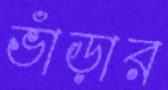
ভাঁড়ার